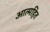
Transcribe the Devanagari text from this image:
आत्महित